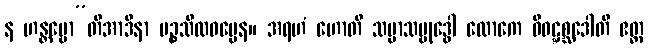
န ဟန္တဗ္ဗော”တိအာဒိနာ ပဉ္စသီလဓမ္မေန။ အရဟံ ဟောတိ သမ္မာသမ္ဗုဒ္ဓေါ လောကေ ဝိဝဋ္ဋစ္ဆဒေါတိ ဧတ္ထ